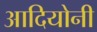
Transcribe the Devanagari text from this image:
आदियोनी